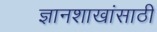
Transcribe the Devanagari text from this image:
ज्ञानशाखांसाठी